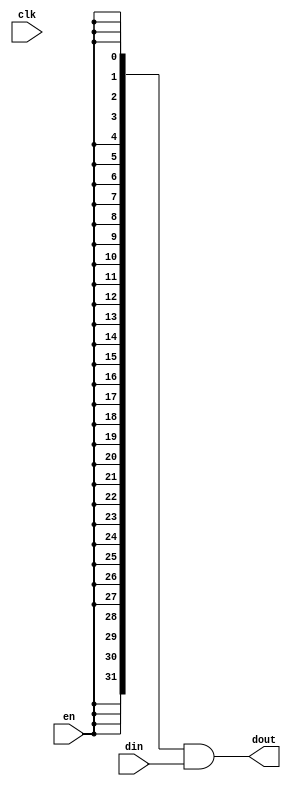
//#############################################################################
//# Function: Low power data gate                                             #
//#############################################################################
//# Author:   Andreas Olofsson                                                #
//# License:  MIT (see LICENSE file in OH! repository)                        # 
//#############################################################################

module oh_datagate #(parameter DW   = 32, // width of data inputs
		     parameter PS   = 3   // min quiet time before shutdown
		     )
   ( 
     input 	     clk, // clock
     input 	     en,  // data valid
     input [DW-1:0]  din, // data input
     output [DW-1:0] dout // data output    
     );
   
 	  	 
   reg [PS-1:0]    enable_pipe;   
   wire 	   enable;
   
   always @ (posedge clk)
     enable_pipe[PS-1:0] <= {enable_pipe[PS-2:0],en};
   
   assign enable = {enable_pipe[PS-1:0],en};

   assign dout[DW-1:0] =  {(DW){enable}} & din[DW-1:0];
  
endmodule // oh_datagate